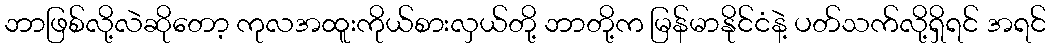
ဘာဖြစ်လို့လဲဆိုတော့ ကုလအထူးကိုယ်စားလှယ်တို့ ဘာတို့က မြန်မာနိုင်ငံနဲ့ ပတ်သက်လို့ရှိရင် အရင်